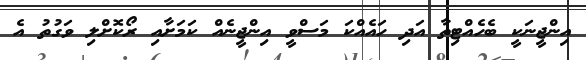
އިންޖީނަކީ ބެހެއްޓިތާ އަދި ހައެއްކަ މަސްވީ އިންޖީނެއް ކަމަށާއި ރޯކޮށްލި ވަގުތު އެ